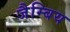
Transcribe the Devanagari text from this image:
जैम्बिय